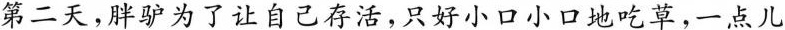
第二天，胖驴为了让自己存活，只好小口小口地吃草，一点儿